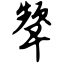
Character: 颦